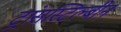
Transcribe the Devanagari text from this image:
ट्रांसस्टिल्बीन